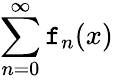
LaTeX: \sum_{n=0}^{\infty}\mathtt{f}_{n}(x)